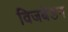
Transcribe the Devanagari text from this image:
विजबेडन